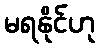
မရနိုင်ဟု